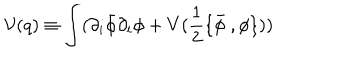
{ \cal V } ( q ) \equiv \int ( \partial _ { i } \bar { \phi } \partial _ { i } \phi + V ( \frac 1 2 \{ \bar { \phi } \ , \phi \} ) )